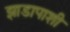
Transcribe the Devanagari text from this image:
झाडापाशी